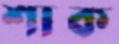
শাক